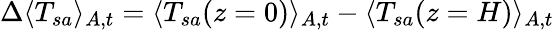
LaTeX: \Delta\langle T_{sa}\rangle_{A,t}=\langle T_{sa}(z=0)\rangle_{A,t}-\langle T_{sa}(z=H)\rangle_{A,t}